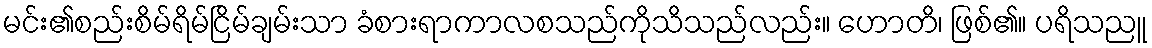
မင်း၏စည်းစိမ်ရိမ်ငြိမ်ချမ်းသာ ခံစားရာကာလစသည်ကိုသိသည်လည်း။ ဟောတိ၊ ဖြစ်၏။ ပရိသညူ